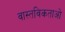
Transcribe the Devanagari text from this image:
वास्तविकताओ